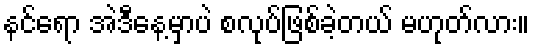
နင်ရော အဲဒီနေ့မှာပဲ စလုပ်ဖြစ်ခဲ့တယ် မဟုတ်လား။